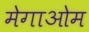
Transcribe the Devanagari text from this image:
मेगाओम